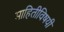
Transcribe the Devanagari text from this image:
माहितीविषयी